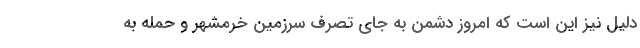
دلیل نیز این است که امروز دشمن به جای تصرف سرزمین خرمشهر و حمله به